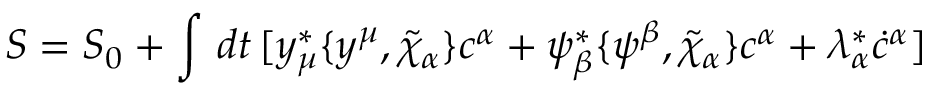
S = S _ { 0 } + \int \, d t \, [ y _ { \mu } ^ { * } \{ y ^ { \mu } , \tilde { \chi } _ { \alpha } \} c ^ { \alpha } + \psi _ { \beta } ^ { * } \{ \psi ^ { \beta } , \tilde { \chi } _ { \alpha } \} c ^ { \alpha } + \lambda _ { \alpha } ^ { * } \dot { c } ^ { \alpha } ]